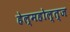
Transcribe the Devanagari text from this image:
हेल्महोल्त्ज